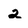
Character: 2